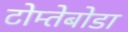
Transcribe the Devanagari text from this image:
टोम्तेबोडा